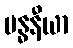
ဗန္ဓနီယာ